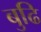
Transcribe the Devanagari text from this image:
बुढि